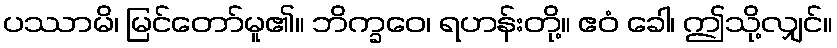
ပဿာမိ၊ မြင်တော်မူ၏။ ဘိက္ခဝေ၊ ရဟန်းတို့။ ဧဝံ ခေါ၊ ဤသို့လျှင်။